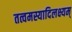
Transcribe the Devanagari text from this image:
तत्वमस्यादिलक्ष्यम्‌